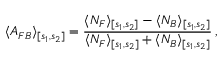
\langle A _ { F B } \rangle _ { [ s _ { 1 } , s _ { 2 } ] } = \frac { \langle N _ { F } \rangle _ { [ s _ { 1 } , s _ { 2 } ] } - \langle N _ { B } \rangle _ { [ s _ { 1 } , s _ { 2 } ] } } { \langle N _ { F } \rangle _ { [ s _ { 1 } , s _ { 2 } ] } + \langle N _ { B } \rangle _ { [ s _ { 1 } , s _ { 2 } ] } } \, ,